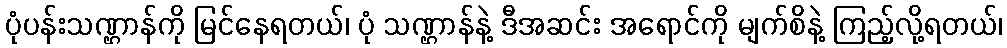
ပုံပန်းသဏ္ဌာန်ကို မြင်နေရတယ်၊ ပုံ သဏ္ဌာန်နဲ့ ဒီအဆင်း အရောင်ကို မျက်စိနဲ့ ကြည့်လို့ရတယ်၊